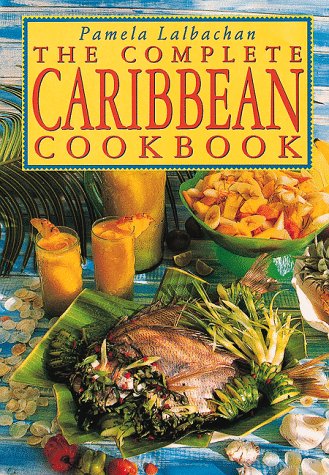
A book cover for The Complete Caribbean Cookbook; Pamela Lalbachan; Cookbooks, Food & Wine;